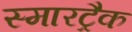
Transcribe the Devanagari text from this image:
स्मारट्रैक